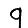
Digit: 9